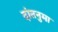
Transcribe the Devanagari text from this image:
दांतनुमा